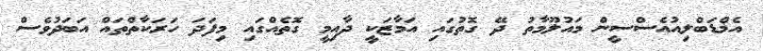
އެމްޑަބްލިއުއެސްސީން މައުލޫމާތު ދޭ ގޮތުގައި އަމާޒަކީ ދާއިމީ ގޮތެއްގައި މިފަދަ ހަރަކާތްތައް އަބަދުވެސް